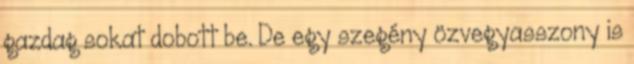
gazdag sokat dobott be. De egy szegény özvegyasszony is